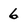
Character: 6